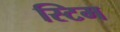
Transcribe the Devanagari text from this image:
स्टिम